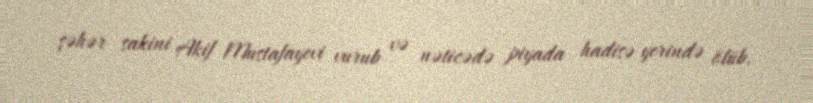
şəhər sakini Akif Mustafayevi vurub və nəticədə piyada hadisə yerində ölüb.